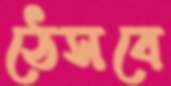
ঠেসবে